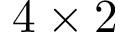
4 \times 2